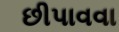
છીપાવવા